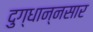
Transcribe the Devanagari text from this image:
दुग्धान्नसार